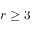
r \geq 3